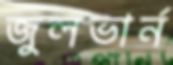
জুলভার্ন